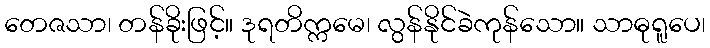
တေဇသာ၊ တန်ခိုးဖြင့်။ ဒုရတိက္ကမေ၊ လွန်နိုင်ခဲကုန်သော။ သာဓုရူပေ၊